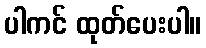
ပါကင် ထုတ်ပေးပါ။